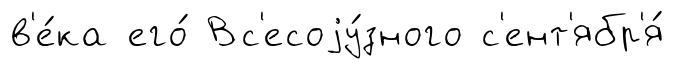
в'е́ка его́ Вс'есоjу́зного с'ент'ябр'я́